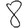
Digit: 8